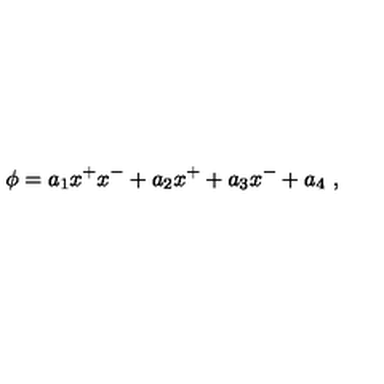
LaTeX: \phi = a _ { 1 } x ^ { + } x ^ { - } + a _ { 2 } x ^ { + } + a _ { 3 } x ^ { - } + a _ { 4 } \ ,